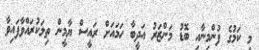
މި ކަމުގެ ފުންމިނާއި ބޮޑު މަންޒަރު އަދީބާ ހަމައަށް ރައީސް ޔާމީން ތިލަކުރައްވާފައިވާ